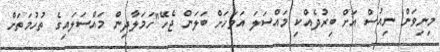
މިނިވަން ނިއުސް އަށް ބިރުދެއްކި މައްސަލަ އަވަހަށް ބަލަން ޖެހޭ"ހަމަލާދިން މައްސަލައިގެ ތުހުމަތަށް